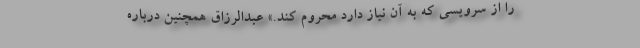
را از سرویسی که به آن نیاز دارد محروم کند.» عبدالرزاق همچنین درباره